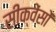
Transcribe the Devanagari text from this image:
सीक्वेंसों